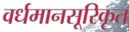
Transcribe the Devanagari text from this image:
वर्धमानसूरिकृत